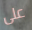
على